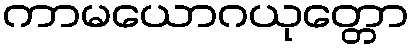
ကာမယောဂယုတ္တော